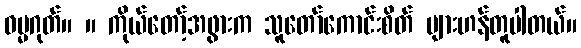
ဓမ္မဂုတ်။ ။ ကိုယ်တော့်အဖွားက သူတော်ကောင်းစိတ် များဟန်တူပါတယ်။